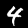
Label: 4